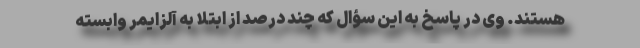
هستند. وی در پاسخ به این سؤال که چند درصد از ابتلا به آلزایمر وابسته